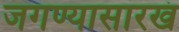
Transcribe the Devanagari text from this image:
जगण्यासारखं